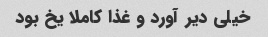
خیلی دیر آورد و غذا کاملا یخ بود